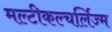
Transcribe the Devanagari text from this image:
मल्टीकल्चर्लिज्म